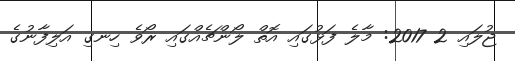
ޖުލައި 2 2017: މާލެ ފަޅުގައި އޮތް ލޯންޗެއްގައި ރޯވެ ހިނގި އަލިފާނުގެ